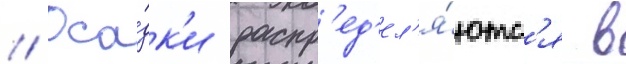
// Оса́дк'и распр'ед'ел'я́ютс'я в